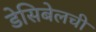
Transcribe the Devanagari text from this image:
डेसिबेलची